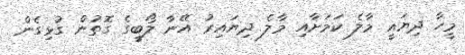
މީހާ ދިޔައީ މާލެ ކަމަށާއި މާލެ ދިޔައިރު އޭނާ ލޯބީގެ ގޮތުން ގުޅިގެން